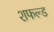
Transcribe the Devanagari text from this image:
शफल्ड